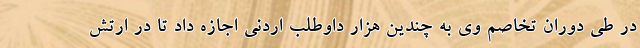
در طی دوران تخاصم وی به چندین هزار داوطلب اردنی اجازه داد تا در ارتش